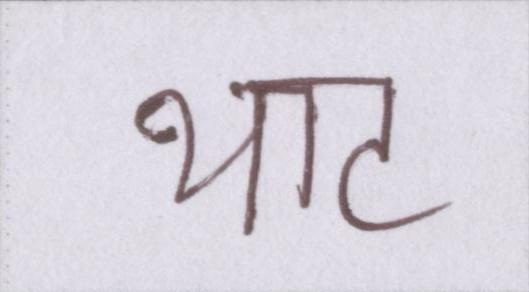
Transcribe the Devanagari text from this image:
थाट